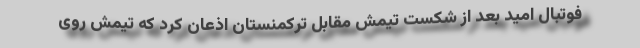
فوتبال امید بعد از شکست تیمش مقابل ترکمنستان اذعان کرد که تیمش روی